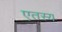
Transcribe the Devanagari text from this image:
एतस्य